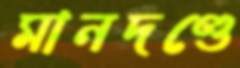
মানদণ্ডে